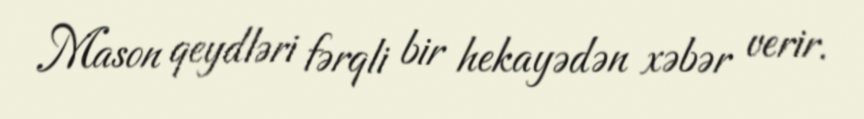
Mason qeydləri fərqli bir hekayədən xəbər verir.